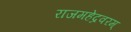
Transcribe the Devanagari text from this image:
राजमहेंद्रवरम्